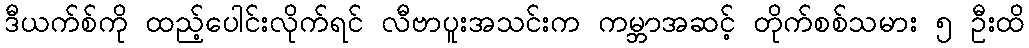
ဒီယက်စ်ကို ထည့်ပေါင်းလိုက်ရင် လီဗာပူးအသင်းက ကမ္ဘာအဆင့် တိုက်စစ်သမား ၅ ဦးထိ